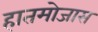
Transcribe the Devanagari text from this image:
हातमोजास